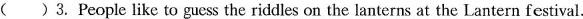
( ) 3. People like to guess the riddles on the lanterns at the Lantern festival.